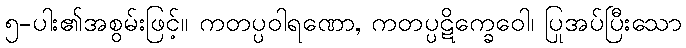
၅-ပါး၏အစွမ်းဖြင့်။ ကတပ္ပဝါရဏော, ကတပ္ပဋိက္ခေဝေါ၊ ပြုအပ်ပြီးသော